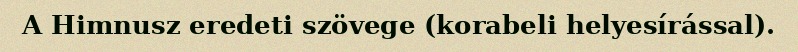
A Himnusz eredeti szövege (korabeli helyesírással).